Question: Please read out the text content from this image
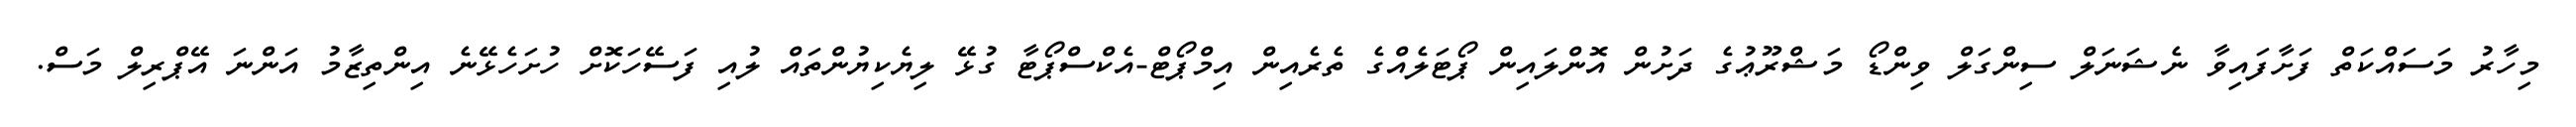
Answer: މިހާރު މަސައްކަތް ފަށާފައިވާ ނެޝަނަލް ސިންގަލް ވިންޑޯ މަޝްރޫޢުގެ ދަށުން އޮންލައިން ޕޯޓަލެއްގެ ތެރެއިން އިމްޕޯޓް-އެކްސްޕޯޓާ ގުޅޭ ލިޔެކިޔުންތައް ލުއި ފަސޭހަކޮށް ހުށަހެޅޭނެ އިންތިޒާމު އަންނަ އޭޕްރިލް މަސް.